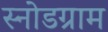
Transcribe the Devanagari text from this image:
स्नोडग्राम